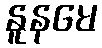
နူနမေ